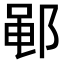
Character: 𫑡